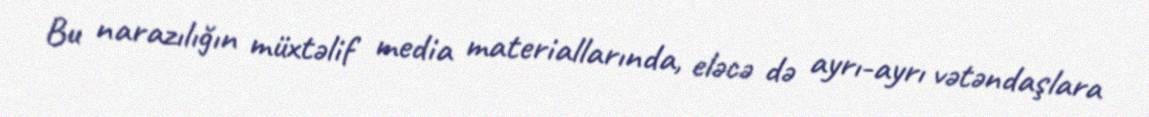
Bu narazılığın müxtəlif media materiallarında, eləcə də ayrı-ayrı vətəndaşlara